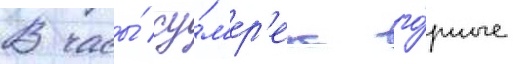
В часы́ су́м'ер'ек го́рные